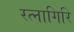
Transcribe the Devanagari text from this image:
रत्‍नागिरि